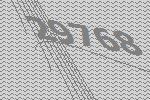
29768